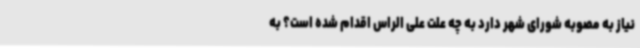
نیاز به مصوبه شورای شهر دارد به چه علت علی الراس اقدام شده است؟ به